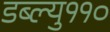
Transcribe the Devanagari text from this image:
डब्ल्यु११०